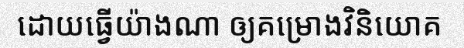
ដោយធ្វើយ៉ាងណា ឲ្យគម្រោងវិនិយោគ